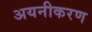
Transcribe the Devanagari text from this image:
अयनीकरण